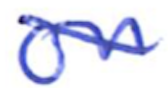
Text: on
Cross-out: diagonal
Writing tool: ballpoint